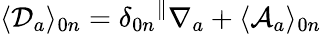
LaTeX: \langle{\cal D}_{a}\rangle_{0n}=\delta_{0n}{}^{\parallel}\nabla_{a}+\langle{\cal A}_{a}\rangle_{0n}